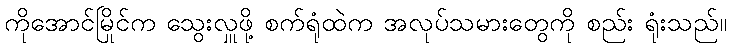
ကိုအောင်မြိုင်က သွေးလှူဖို့ စက်ရုံထဲက အလုပ်သမားတွေကို စည်း ရုံးသည်။